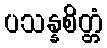
ပသန္နစိတ္တံ